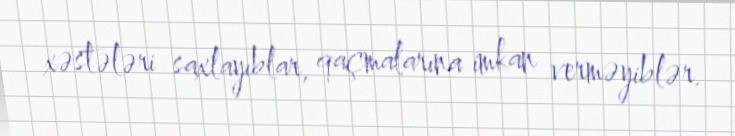
xəstələri saxlayıblar, qaçmalarına imkan verməyiblər.